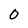
Character: 0